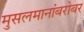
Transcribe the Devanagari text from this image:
मुसलमानांबरोबर